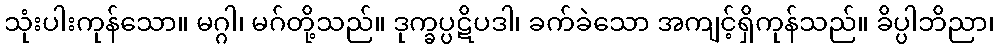
သုံးပါးကုန်သော။ မဂ္ဂါ၊ မဂ်တို့သည်။ ဒုက္ခပ္ပဋိပဒါ၊ ခက်ခဲသော အကျင့်ရှိကုန်သည်။ ခိပ္ပါဘိညာ၊